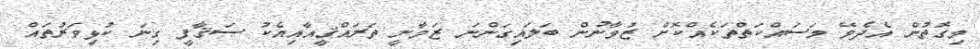
މިގޮތުން އެދެވޭ މަސައްކަތްތަކެއްކޮށް ޒުވާނުން ބަލައިގަންނަ ޒަމާނީ ތަރައްޤީއާއިއެކު ޞަޤާފީ ގިނަ ކުޅިވަރުތައް